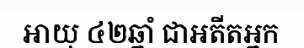
អាយុ ៤២ឆ្នាំ ជាអតីតអ្នក